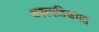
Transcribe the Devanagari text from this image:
वनस्पतिजगत